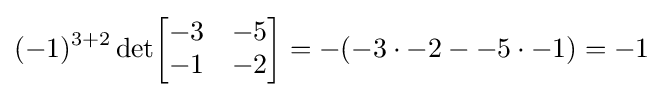
(-1)^{3+2}\operatorname {det} \!{\begin{bmatrix}-3&-5\\-1&-2\end{bmatrix}}=-(-3\cdot -2--5\cdot -1)=-1